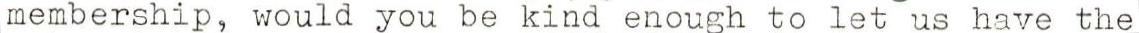
membership, would you be kind enough to let us have the